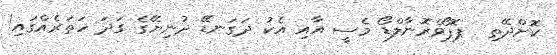
ކޮށްދޭތި  ޕޮޕޯވްރޮނާލްޑޯ މެސީ އާއި އެކު ދަގަނޑޭ ދުނިޔޭގެ ގަދަ ހަތަރެއްގައި!